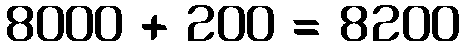
8000 + 200 = 8200